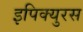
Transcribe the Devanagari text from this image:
इपिक्युरस